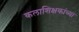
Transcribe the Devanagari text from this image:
कलाशिक्षकांच्या